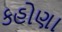
કહોણા